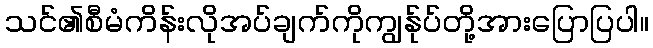
သင်၏စီမံကိန်းလိုအပ်ချက်ကိုကျွန်ုပ်တို့အားပြောပြပါ။